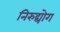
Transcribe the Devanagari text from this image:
निरुद्योग